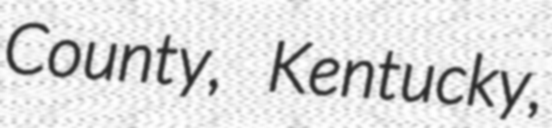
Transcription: County, Kentucky,